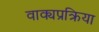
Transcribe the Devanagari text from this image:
वाक्यप्रक्रिया